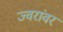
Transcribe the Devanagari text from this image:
ज्वरांवर